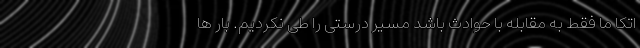
اتکا ما فقط به مقابله با حوادث باشد مسیر درستی را طی نکردیم. بار ها